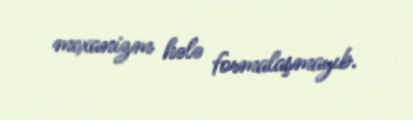
mexanizm hələ formalaşmayıb.